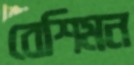
বেশিমন